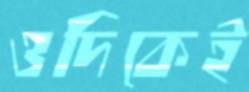
ওদিকেই